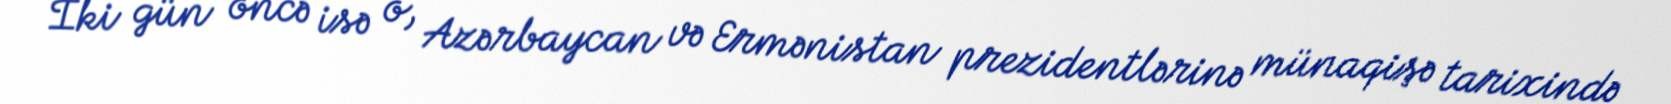
İki gün öncə isə o, Azərbaycan və Ermənistan prezidentlərinə münaqişə tarixində